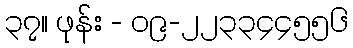
၃၇။ ဖုန်း - ၀၉-၂၂၃၃၄၄၅၅၆